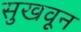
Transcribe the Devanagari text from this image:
सुखवून